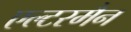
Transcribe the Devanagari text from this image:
एल्टरमैन